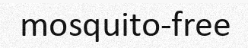
mosquito-free